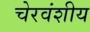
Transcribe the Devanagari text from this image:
चेरवंशीय